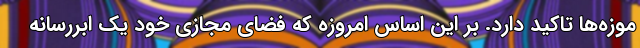
موزه‌ها تاکید دارد. بر این اساس امروزه که فضای مجازی خود یک ابررسانه